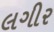
લગીર